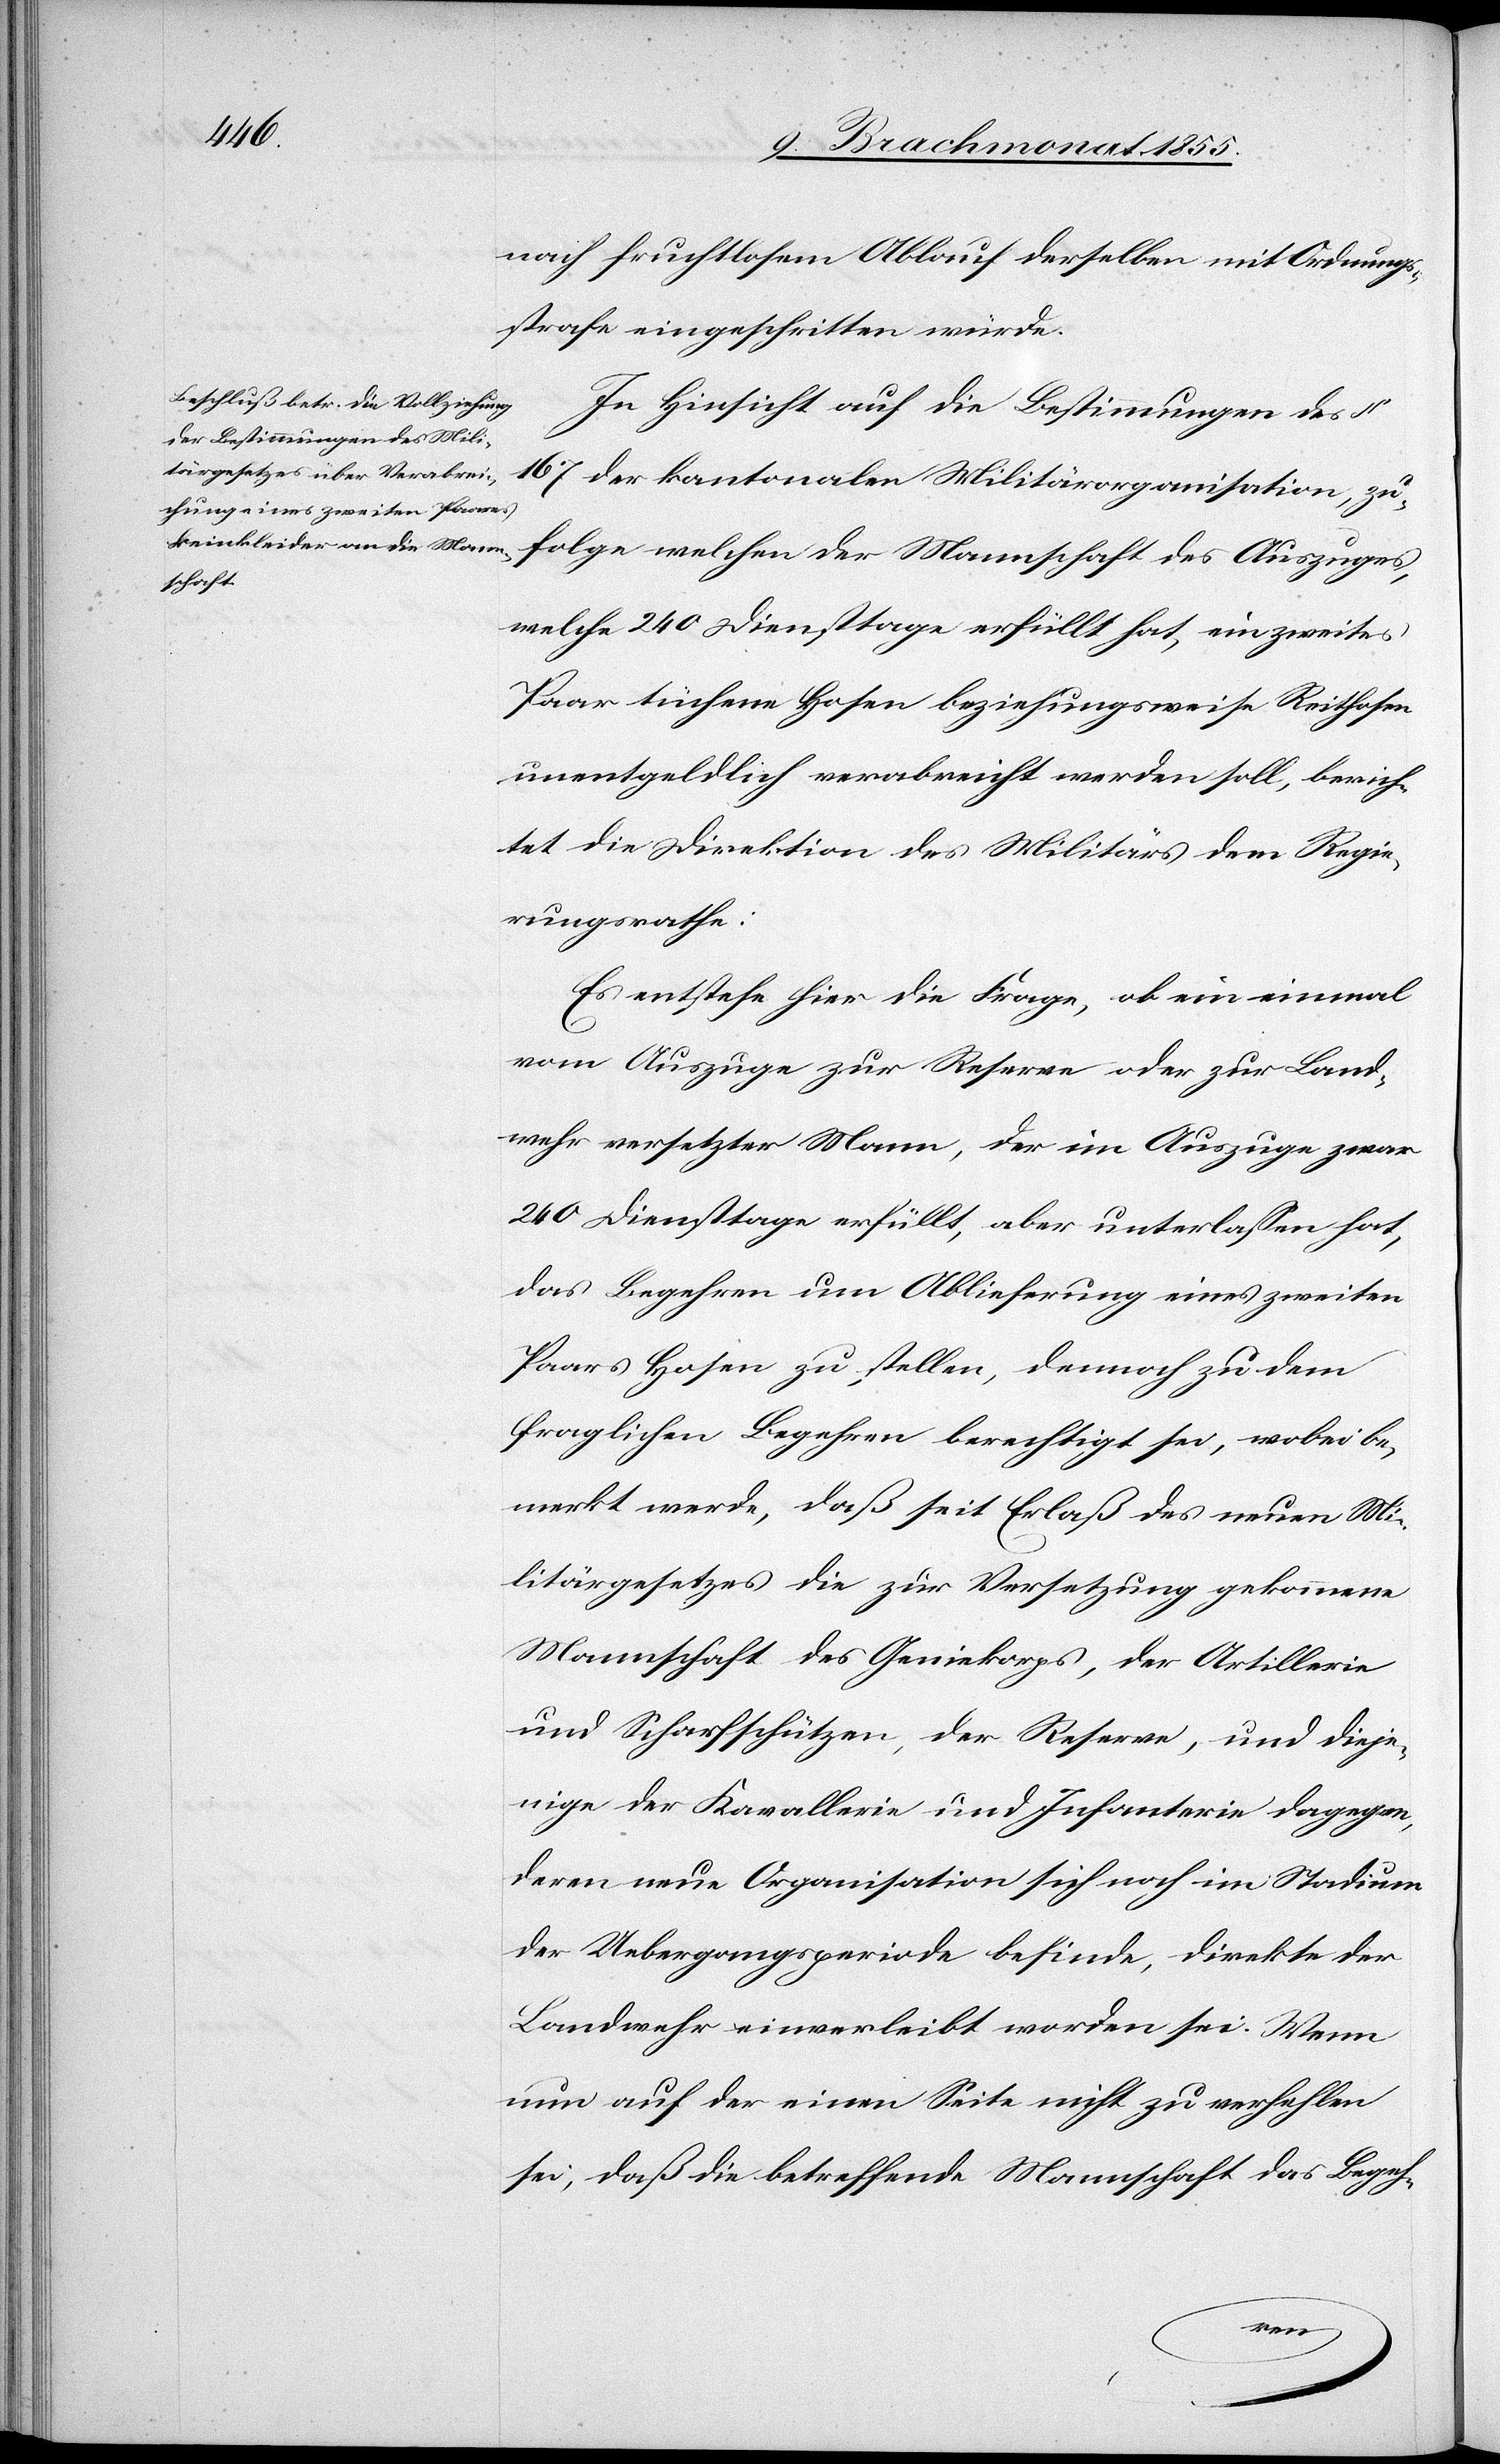
nach fruchtlosem Ablauf derselben mit Ordnungs¬
strafe eingeschritten würde.
In Hinsicht auf die Bestimmungen des §
167 der kantonalen Militärorganisation, zu¬
schaft
welche 240 Diensttage erfüllt hat, ein zweites
Paar tüchene Hosen beziehungsweise Reithosen
unentgeldlich verabreicht werden soll, berich¬
tet die Direktion des Militärs dem Regie¬
rungsrathe:
Es entstehe hier die Frage, ob ein einmal
vom Auszuge zur Reserve oder zur Land¬
wehr versetzter Mann, der im Auszuge zwar
240 Diensttage erfüllt, aber unterlassen hat,
das Begehren um Ablieferung eines zweiten
Paars Hosen zu stellen, dennoch zu dem
fraglichen Begehren berechtigt sei, wobei be¬
merkt werde, daß seit Erlaß des neuen Mi¬
litärgesetzes die zur Versetzung gekommene
Mannschaft des Geniekorps, der Artillerie
und Scharfschützen, der Reserve, und dieje¬
nige der Kavallerie und Infanterie dagegen,
deren neue Organisation sich noch im Stadium
der Uebergangsperiode befinde, direkte der
Landwehr einverleibt worden sei. Wenn
nun auf der einen Seite nicht zu verhehlen
sei, daß die betreffende Mannschaft das Begeh-
Mann¬